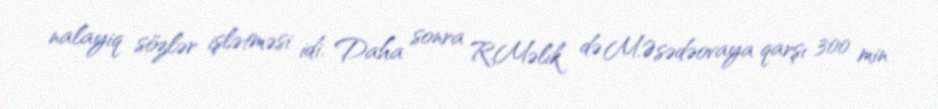
nalayiq sözlər işlətməsi idi. Daha sonra R.Məlik də M.Əsədəovaya qarşı 300 min